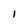
Character: I